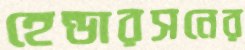
হেন্ডারসনের